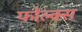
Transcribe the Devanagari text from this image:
फोल्क्स